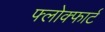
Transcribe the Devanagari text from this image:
फ्लोक्फार्ट